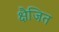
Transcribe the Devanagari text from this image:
क्षैजित